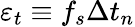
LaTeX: \varepsilon_{t}\equiv f_{s}\Delta t_{n}